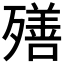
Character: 𣩧